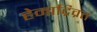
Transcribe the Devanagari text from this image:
हेमाद्रिव्रत